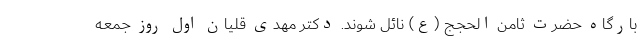
بارگاه حضرت ثامن الحجج (ع) نائل شوند. دکتر مهدی قلیان اول روز جمعه